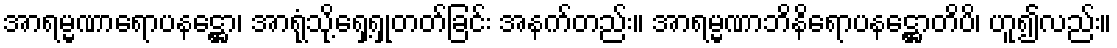
အာရမ္မဏာရောပနဋ္ဌော၊ အာရုံသို့ရှေ့ရှုတတ်ခြင်း အနက်တည်း။ အာရမ္မဏာဘိနိရောပနဋ္ဌောတိပိ၊ ဟူ၍လည်း။